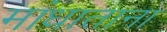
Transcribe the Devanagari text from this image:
मांधाताना